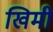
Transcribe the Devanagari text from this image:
खिमी